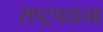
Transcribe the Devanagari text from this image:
राष्ट्रपदाचा